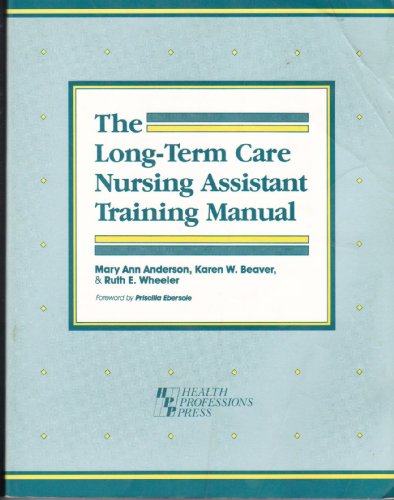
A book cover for The Long-Term Care Nursing Assistant Training Manual; Mary Ann Anderson; Medical Books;